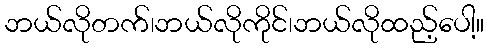
ဘယ်လိုတက်၊ဘယ်လိုကိုင်၊ဘယ်လိုထည့်ပေါ့။